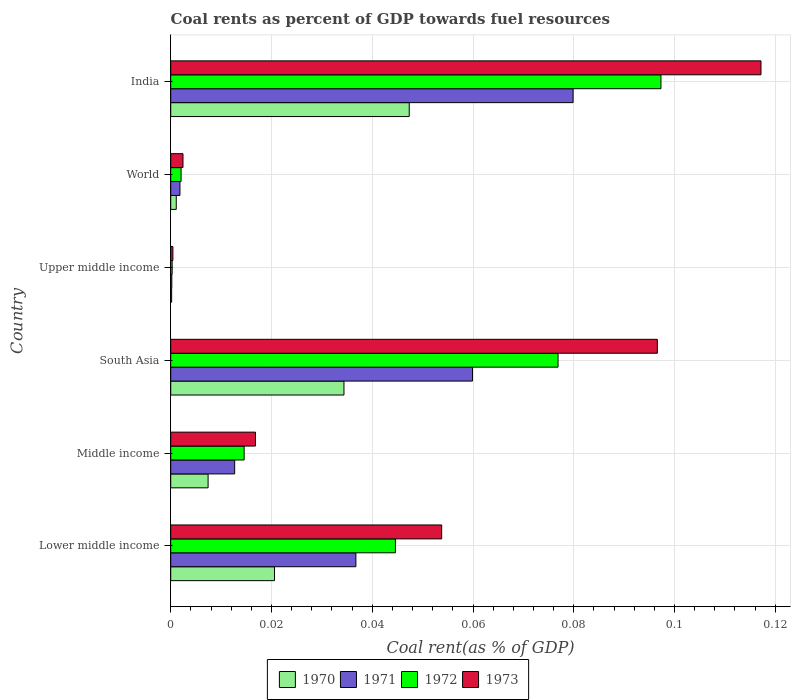
| Country | 1970 | 1971 | 1972 | 1973 |
 | --- | --- | --- | --- | --- |
 | Lower middle income | 0.0206 | 0.0368 | 0.0446 | 0.0538 |
 | Middle income | 0.00742 | 0.0127 | 0.0146 | 0.0168 |
 | South Asia | 0.0344 | 0.0599 | 0.0769 | 0.0966 |
 | Upper middle income | 0.000184 | 0.000219 | 0.000284 | 0.000431 |
 | World | 0.0011 | 0.00183 | 0.00206 | 0.00244 |
 | India | 0.0473 | 0.0799 | 0.0973 | 0.117 |